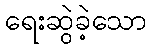
ရေးဆွဲခဲ့သော